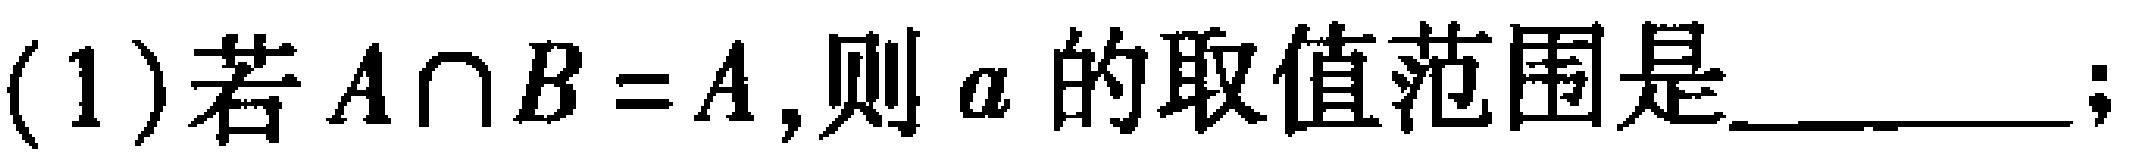
(1)若\(A\cap B = A\),则\(a\)的取值范围是________；